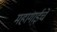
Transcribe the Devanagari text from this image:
महागाईचे